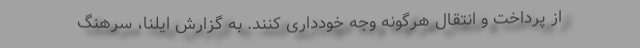
از پرداخت و انتقال هرگونه وجه خودداری کنند. به گزارش ‌ایلنا، سرهنگ